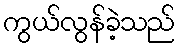
ကွယ်လွန်ခဲ့သည်